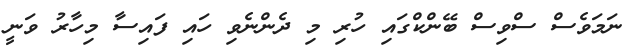
ނަމަވެސް ސްވިސް ބޭންކްގައި ހުރި މި ދެންނެވި ހައި ފައިސާ މިހާރު ވަނީ